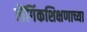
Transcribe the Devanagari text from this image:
लैंगिंकशिक्षणाच्या